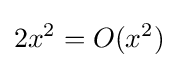
2x^{2}=O(x^{2})